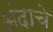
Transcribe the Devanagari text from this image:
अंदाचे